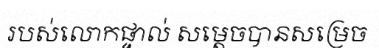
របស់លោកផ្ទាល់ សម្តេចបានសម្រេច